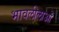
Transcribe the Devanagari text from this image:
भावलीलाओं